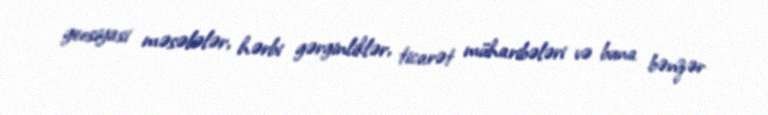
geosiyasi məsələlər, hərbi gərginliklər, ticarət müharibələri və buna bənzər